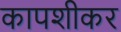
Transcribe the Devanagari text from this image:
कापशीकर